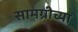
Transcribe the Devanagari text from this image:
सामग्रीच्या